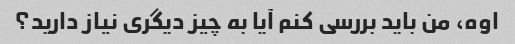
اوه، من باید بررسی کنم آیا به چیز دیگری نیاز دارید؟